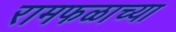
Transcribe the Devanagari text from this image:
रामफळाच्या